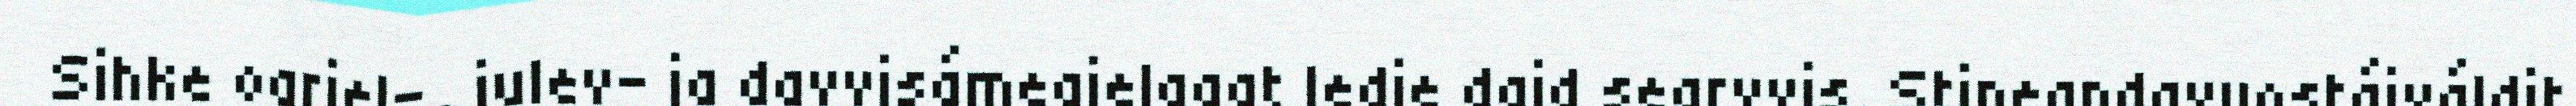
Sihke oarjel-, julev- ja davvisámegielagat ledje daid searvvis. Stipeandavuostáiváldit